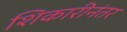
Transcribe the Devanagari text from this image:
शिकारीनंतर